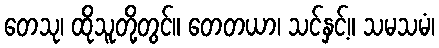
တေသု၊ ထိုသူတို့တွင်။ တေတယာ၊ သင်နှင့်။ သမသမံ၊